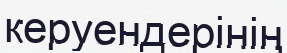
керуендерінің